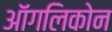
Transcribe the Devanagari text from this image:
ऑगलिकोन